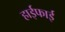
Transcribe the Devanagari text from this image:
हाईफाई